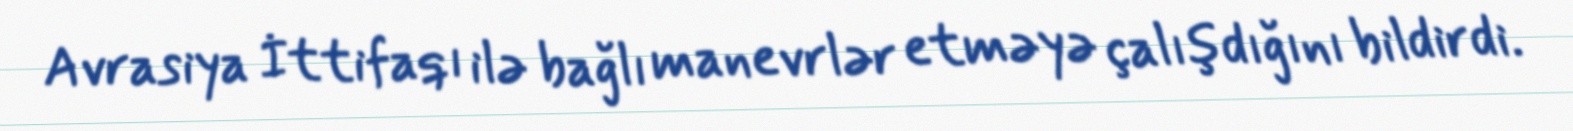
Avrasiya İttifaqı ilə bağlı manevrlər etməyə çalışdığını bildirdi.